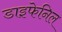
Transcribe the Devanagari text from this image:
डाइफेनिल